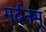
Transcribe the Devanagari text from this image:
मर्दनम्